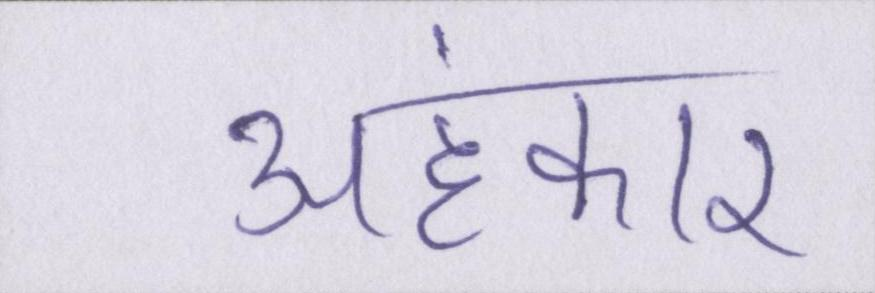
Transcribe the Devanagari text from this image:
अहंकार